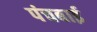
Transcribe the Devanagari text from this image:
पंचबाई